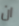
ان